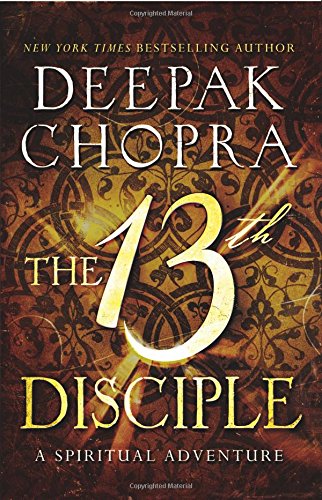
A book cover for The 13th Disciple: A Spiritual Adventure; Deepak Chopra; Literature & Fiction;